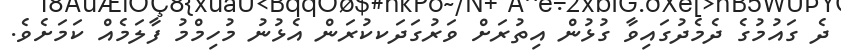
ދެ ގައުމުގެ ދެމެދުގައިވާ ގުޅުން އިތުރަށް ވަރުގަދަކކުރަން އެޅުނު މުހިމްމު ފާލަމެއް ކަމަށެވެ.